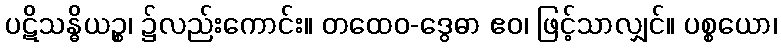
ပဋိသန္ဓိယဉ္စ၊ ၌လည်းကောင်း။ တထေဝ-ဒွေဓာ ဧဝ၊ ဖြင့်သာလျှင်။ ပစ္စယော၊